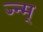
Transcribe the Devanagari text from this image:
ज्न्म्